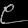
Digit: ၉